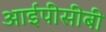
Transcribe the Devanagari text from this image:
आईपीसीबी